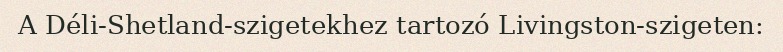
A Déli-Shetland-szigetekhez tartozó Livingston-szigeten: